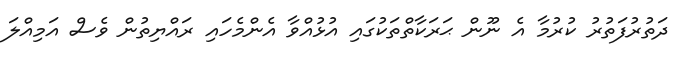
ދަތުރުފަތުރު ކުރުމާ އެ ނޫން ޙަރަކާތްތަކުގައި އުޅުއްވާ އެންމެހައި ރައްޔިތުން ވެސް އަމިއްލަ